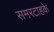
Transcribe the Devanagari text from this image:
समरटाहके